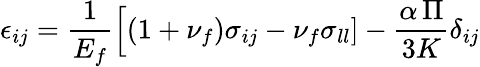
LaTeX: \epsilon_{ij}=\frac{1}{E_{f}}\Big[(1+\nu_{f})\sigma_{ij}-\nu_{f}\sigma_{ll}]-\frac{\alpha\, \Pi}{3K}\delta_{ij}